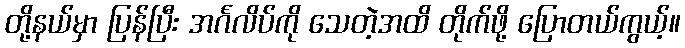
တို့နယ်မှာ ပြန်ပြီး အင်္ဂလိပ်ကို သေတဲ့အထိ တိုက်ဖို့ ပြောတယ်ကွယ့်။